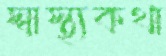
স্বাস্থ্যকথা